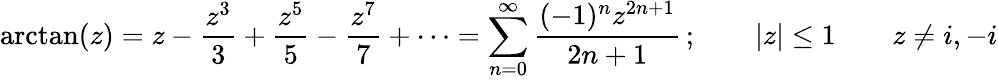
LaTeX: \arctan(z)=z-{\frac{z^{3}}{3}}+{\frac{z^{5}}{5}}-{\frac{z^{7}}{7}}+\cdots=\sum_{n=0}^{\infty}{\frac{(-1)^{n}z^{2n+1}}{2n+1}}\, ;\qquad|z|\leq 1\qquad z\neq i,-i